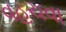
વહચવા